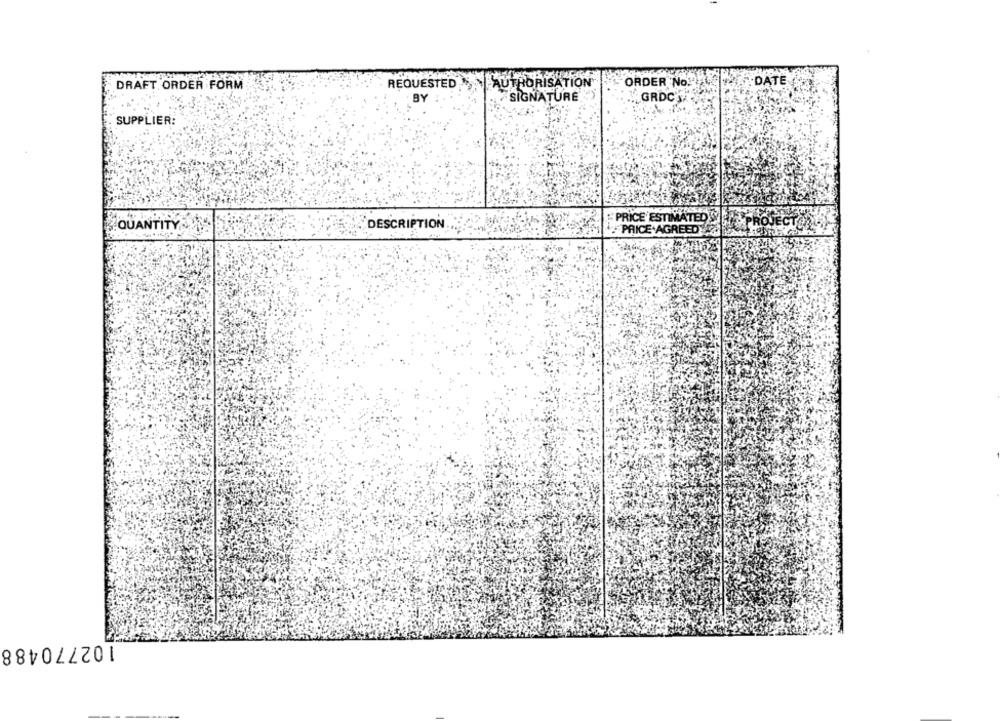
DRAFT ORDER FORM
REQUESTED
AUTHORISATION
ORDER No.
DATE
BY
SIGNATURE
GRDC'S
SUPPLIER:
QUANTITY
PRICE ESTIMATED
DESCRIPTION
PRICE AGREED
102770488